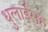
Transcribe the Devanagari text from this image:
धुलाईसह